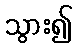
သွား၍